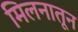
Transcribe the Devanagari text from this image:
मिलनातून